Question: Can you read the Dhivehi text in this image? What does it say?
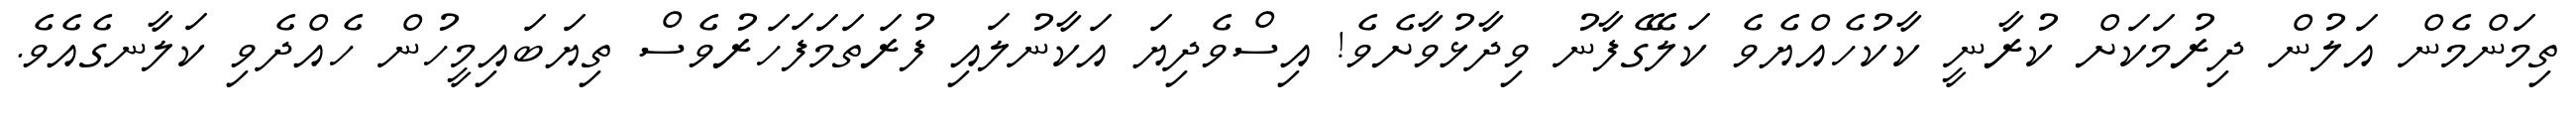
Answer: ތިމަންމެން އަލުން ދިރުމަކަށް ކުރާނީ ކާކުހެއްޔެވެ ކަލޭގެފާނު ވިދާޅުވާށެވެ! އިސްވެދިޔަ އަކާނުލައި ފުރަތަމަފަހަރުވެސް ތިޔަބައިމީހުން ހެއްދެވި ކަލާނގެއެވެ.